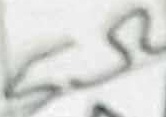
Text: 5Ω